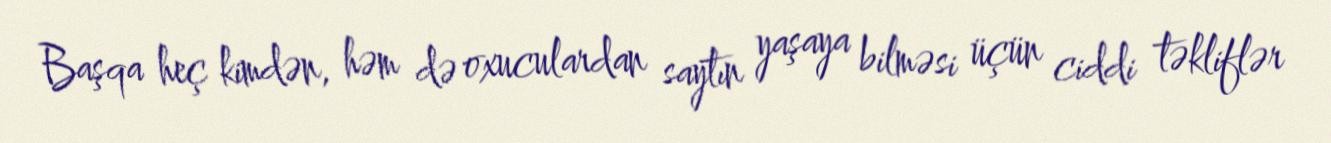
Başqa heç kimdən, həm də oxuculardan saytın yaşaya bilməsi üçün ciddi təkliflər